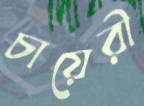
চায়েরী